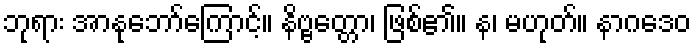
ဘုရား အာနုဘော်ကြောင့်။ နိဗ္ဗတ္တော၊ ဖြစ်၏။ န၊ မဟုတ်။ နာဂဒေဝ